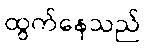
ထွက်နေသည်